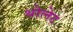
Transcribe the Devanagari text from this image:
थोलेट